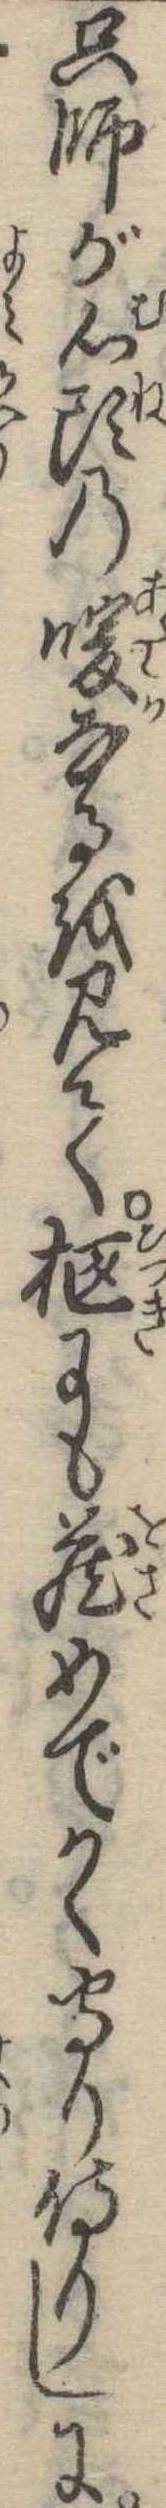
只師が心頭の暖なるを見て柩にも蔵めでかく守り侍りしに